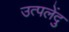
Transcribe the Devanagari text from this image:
उत्पलेंदु